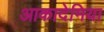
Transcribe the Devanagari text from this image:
आकादेमिया